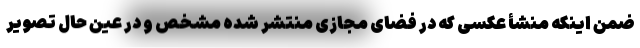
ضمن اینکه منشأ عکسی که در فضای مجازی منتشر شده مشخص و در عین حال تصویر